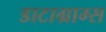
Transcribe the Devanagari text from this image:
डाटाग्राम्स